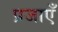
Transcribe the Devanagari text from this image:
प्रजाएँ